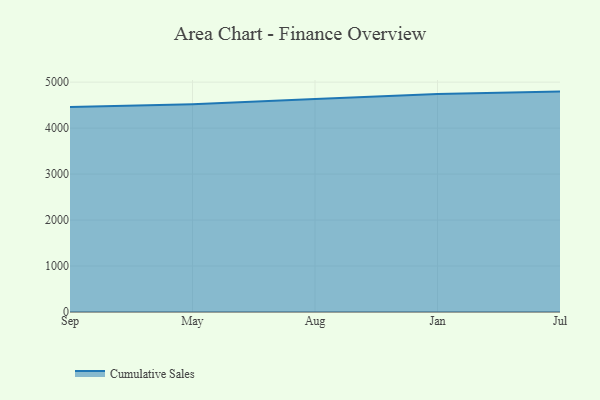
{"axis": {"x": "Month", "y": "Energy Usage (MWh)"}, "legend": ["Cumulative Sales"], "data": [{"x": "Sep", "y": 4456.9, "type": "Cumulative Sales"}, {"x": "May", "y": 4516.8, "type": "Cumulative Sales"}, {"x": "Aug", "y": 4632.1, "type": "Cumulative Sales"}, {"x": "Jan", "y": 4741.1, "type": "Cumulative Sales"}, {"x": "Jul", "y": 4793.8, "type": "Cumulative Sales"}]}